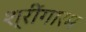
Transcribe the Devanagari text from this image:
श्रींगारम